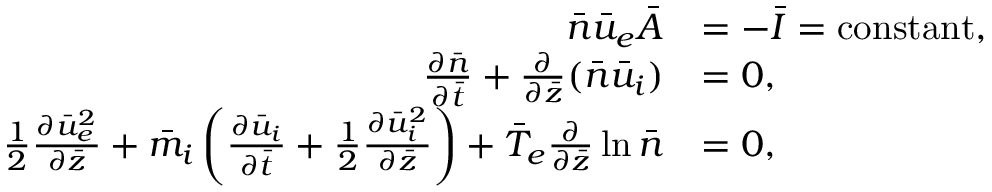
\begin{array} { r l } { \bar { n } \bar { u } _ { e } \bar { A } } & { = - \bar { I } = \mathrm { c o n s t a n t } , } \\ { \frac { \partial \bar { n } } { \partial \bar { t } } + \frac { \partial } { \partial \bar { z } } ( \bar { n } \bar { u } _ { i } ) } & { = 0 , } \\ { \frac { 1 } { 2 } \frac { \partial \bar { u } _ { e } ^ { 2 } } { \partial \bar { z } } + \bar { m } _ { i } \left( \frac { \partial \bar { u } _ { i } } { \partial \bar { t } } + \frac { 1 } { 2 } \frac { \partial \bar { u } _ { i } ^ { 2 } } { \partial \bar { z } } \right) + \bar { T } _ { e } \frac { \partial } { \partial \bar { z } } \ln \bar { n } } & { = 0 , } \end{array}